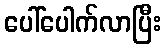
ပေါ်ပေါက်လာပြီး